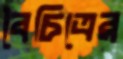
বৈচিত্রের